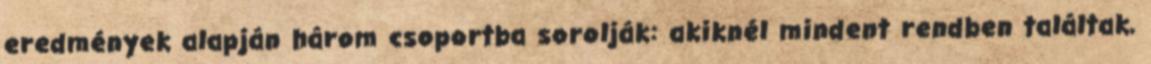
eredmények alapján három csoportba sorolják: akiknél mindent rendben találtak,